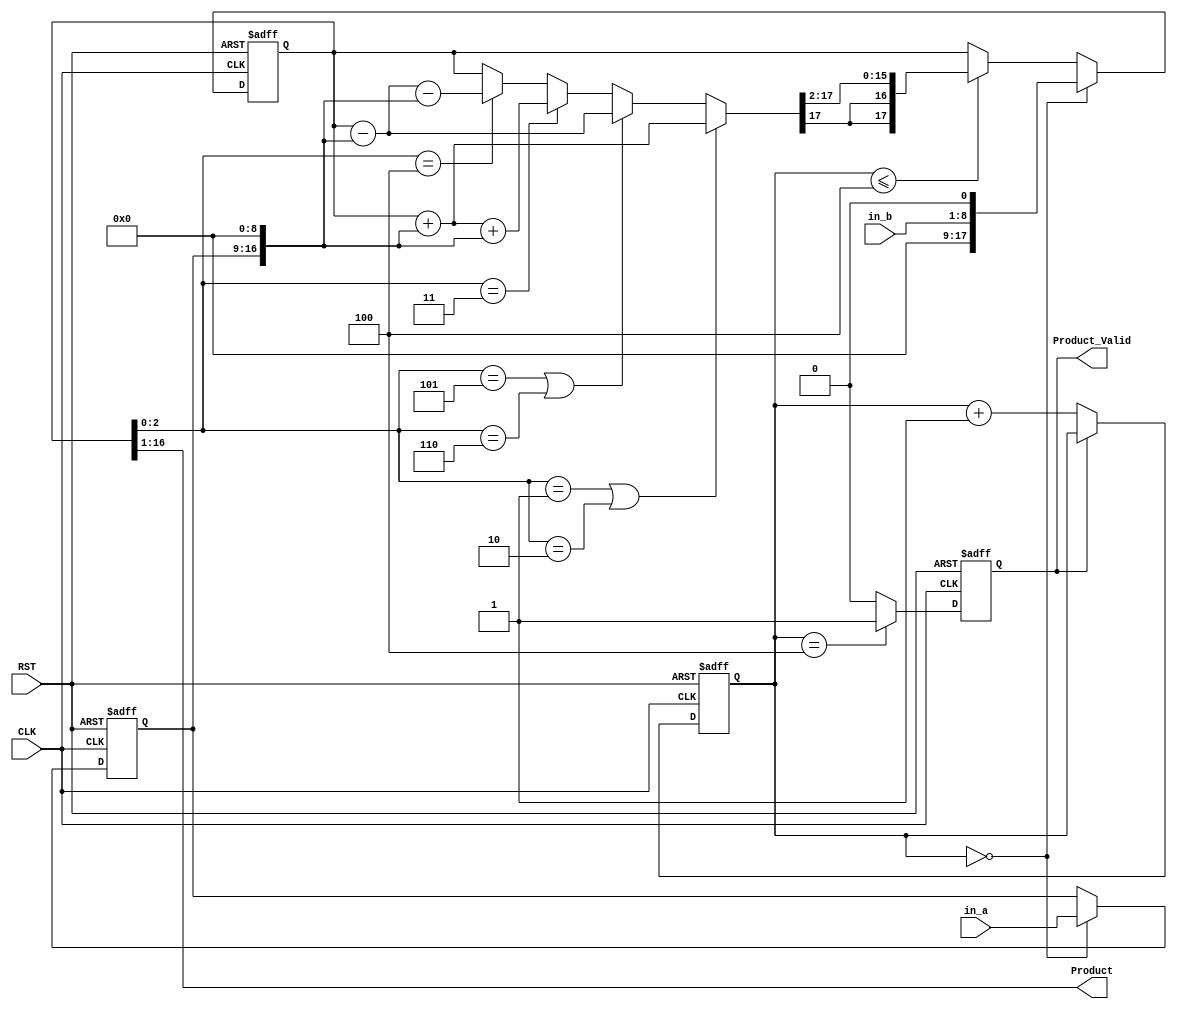
//(1ns)(1ps)
`timescale 1ns/1ps

//module,
module lab9_hw(
	CLK, 
	RST, 
	in_a, 
	in_b, 
	Product, 
	Product_Valid
);
// in_a * in_b = Product
// in_a is Multiplicand , in_b is Multiplier
					
//port, input, output
input 			CLK, RST;
input 	[7:0]	in_a;			// Multiplicand
input 	[7:0]	in_b;			// Multiplier
output 	[15:0]  Product;
output  		Product_Valid;
reg  signed [17:0]	Product_booth;

reg 	[7:0]	Mplicand;		//
reg 	[7:0]	Mplier;			//
//reg 	[15:0]	Product;
reg 			Product_Valid;
reg 	[5:0]	Counter ;
reg				sign;			// (signed)
assign Product = Product_booth[16:1];
//Counter
always @(posedge CLK or posedge RST)
begin
	if (RST)begin
		Counter <= 6'b0;
	end
	else if (~Product_Valid)
		Counter <= Counter + 1'b1;
	else
		Counter <= Counter;

end

//Product
always @(posedge CLK or posedge RST)
begin
	//
	if(RST) begin
		Product_booth  <= 17'b0;
		Mplicand <= 8'b0;	
	end 
	//
	else if(Counter == 6'd0) begin
		Mplicand 	<= in_a;
		Product_booth <= {8'b0, in_b, 1'b0};		
	end 
	//
	else if(Counter <=6'd4) 
	begin
	if(Product_booth[2:0] == 3'b001 || Product_booth[2:0] == 3'b010)
			Product_booth = Product_booth+{Mplicand,9'b0};
		else if(Product_booth[2:0] == 3'b101 || Product_booth[2:0] == 3'b110)
			Product_booth = Product_booth-{Mplicand,9'b0};
		else if(Product_booth[2:0] == 3'b011)
		begin	Product_booth = Product_booth+{Mplicand,9'b0}+{Mplicand,9'b0};end
		else if(Product_booth[2:0] == 3'b100)
			Product_booth = Product_booth-{Mplicand,9'b0}-{Mplicand,9'b0};
		Product_booth = Product_booth >>>2;
	end
end

//Product_Valid
always @(posedge CLK or posedge RST)
begin
	if(RST)
		Product_Valid <=1'b0;
	else if(Counter==6'd4)
		Product_Valid <=1'b1;
	else
		Product_Valid <=1'b0;
end

endmodule